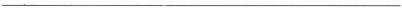
___